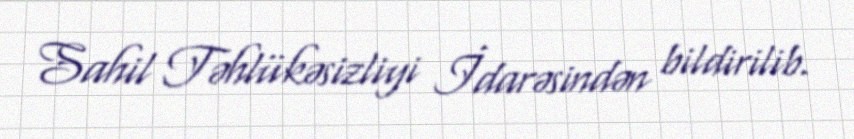
Sahil Təhlükəsizliyi İdarəsindən bildirilib.